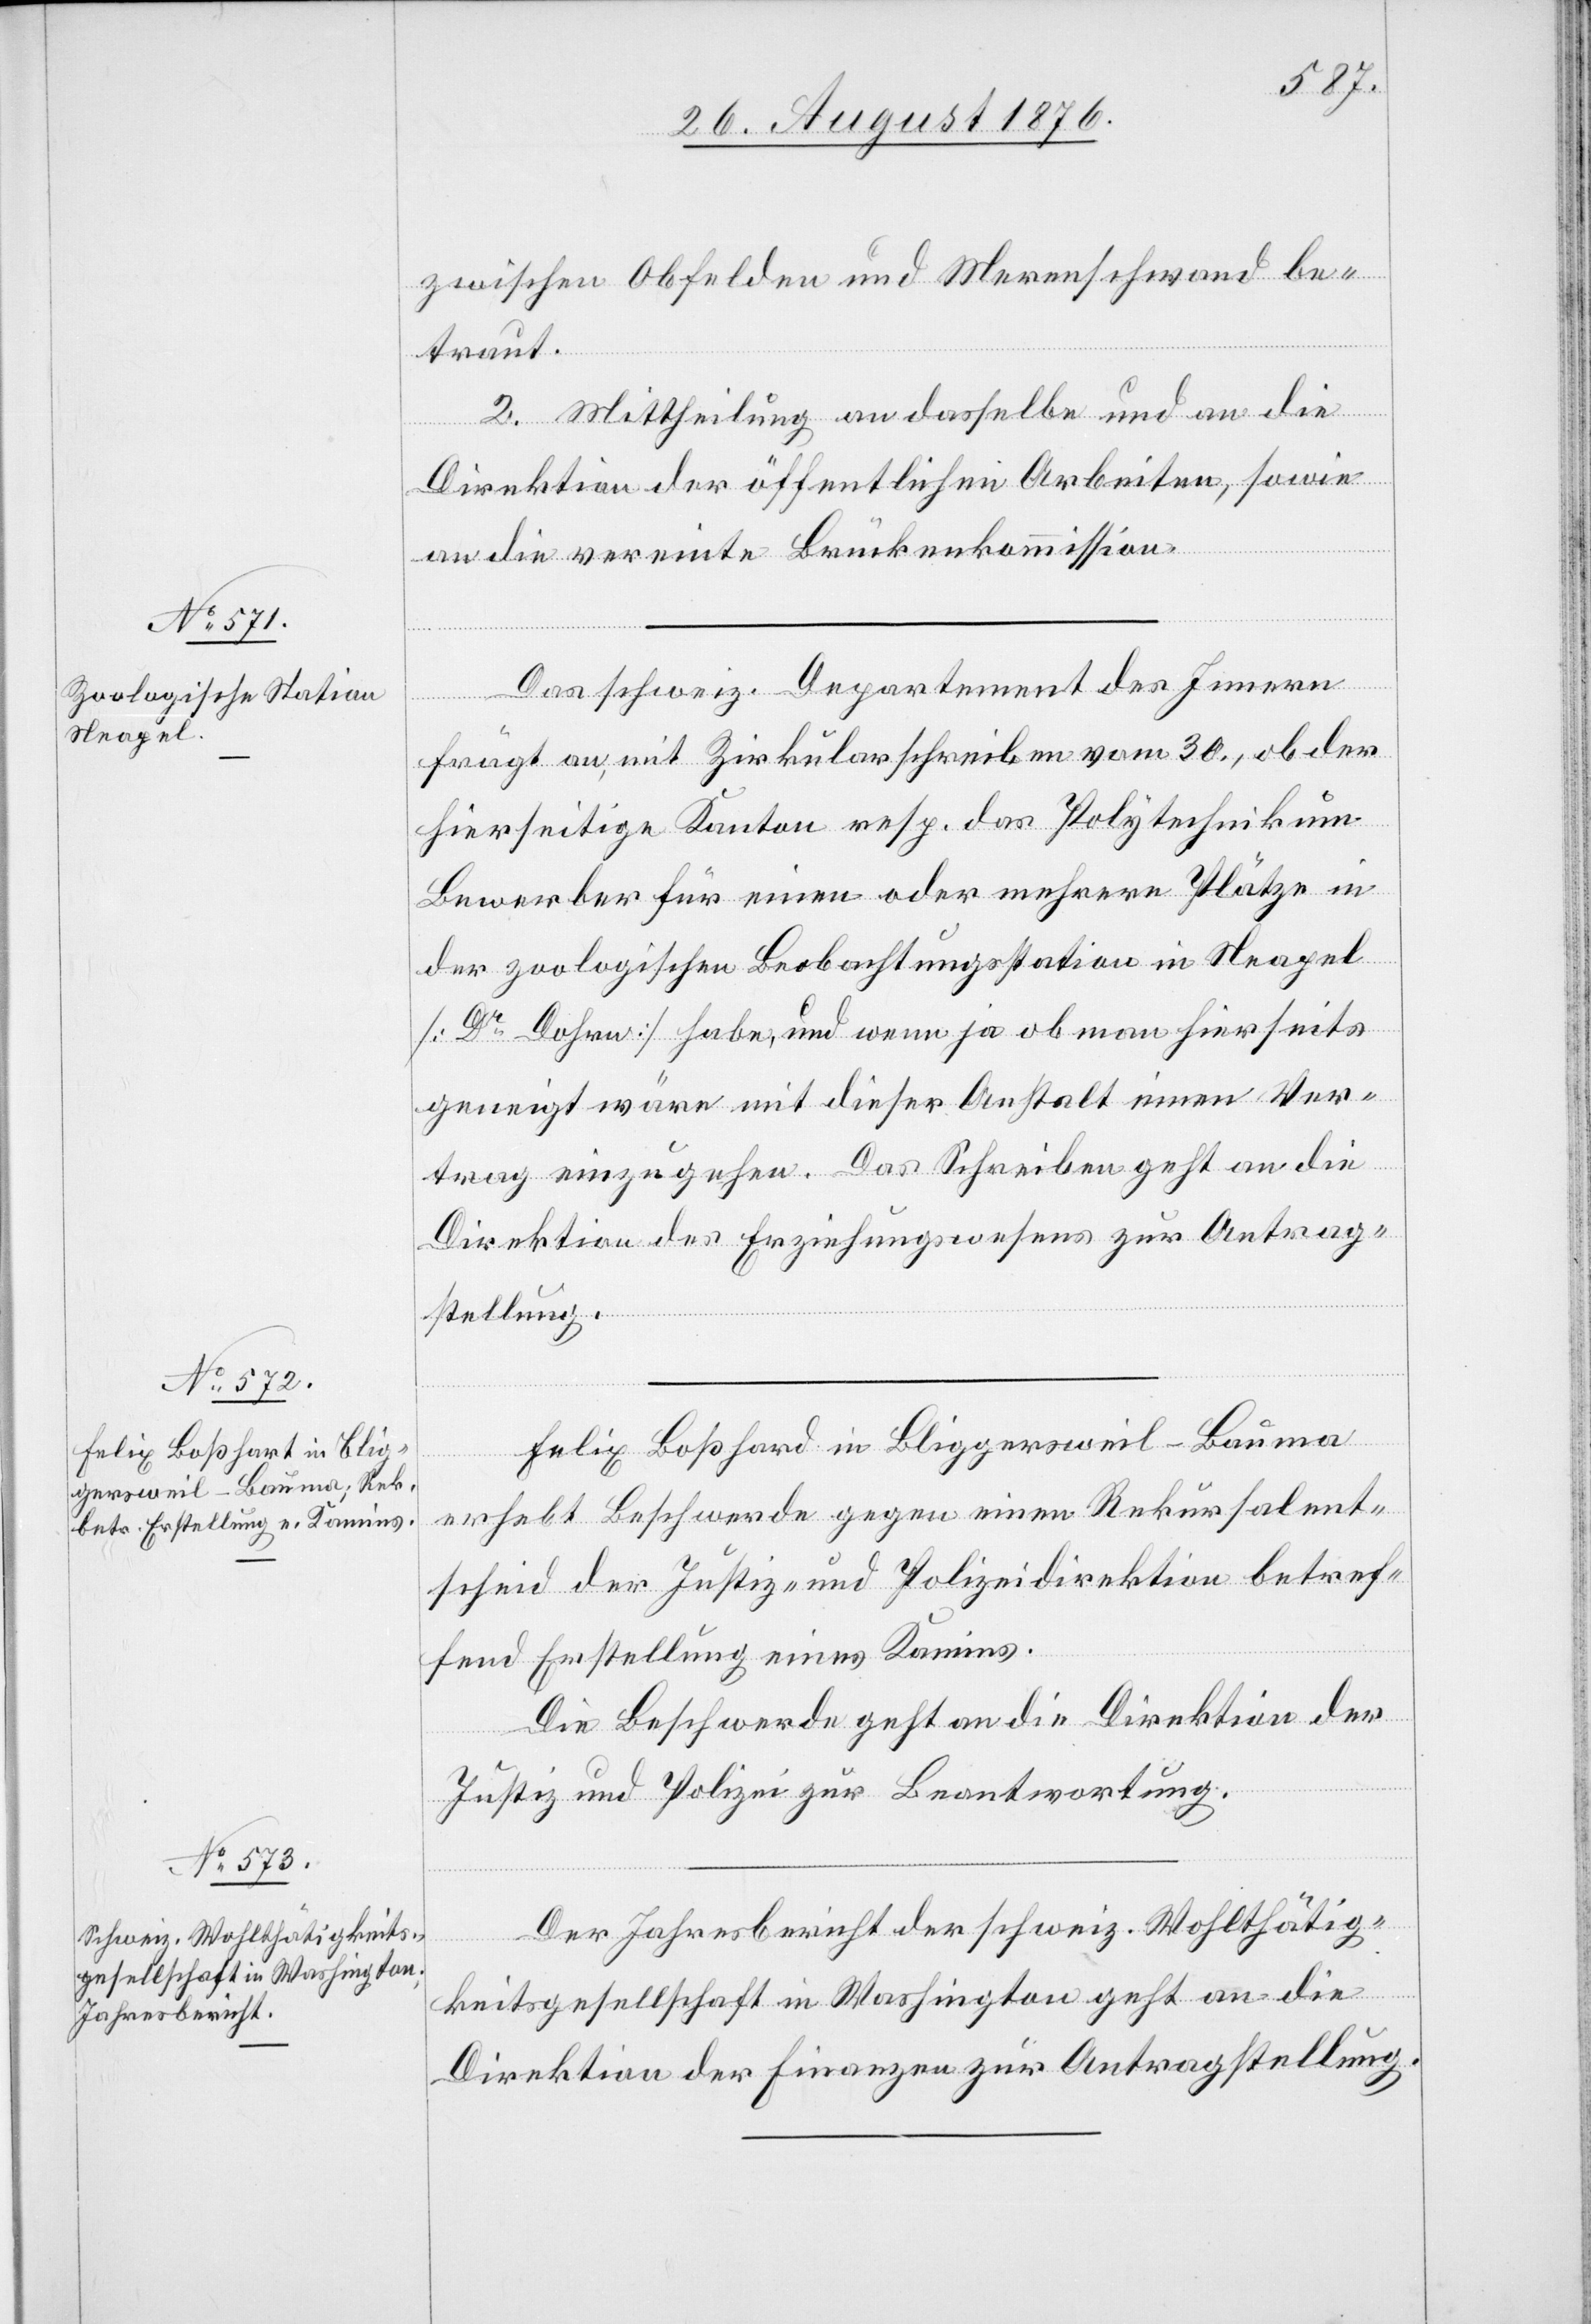
zwischen Obfelden und Merenschwand be¬
traut.
2. Mittheilung an dasselbe und an die
Direktion der öffentlichen Arbeiten, sowie
an die vereinte Brückenkommission.
Das schweiz. Departement des Innern
frägt an, mit Zirkularschreiben vom 30., ob der
hierseitige Kanton resp. das Polytechnikum
Bewerber für einen oder mehrere Plätze in
der zoologischen Beobachtungsstation in Neapel
[Dr Dohrn] habe, und wenn ja ob man hierseits
geneigt wäre mit dieser Anstalt einen Ver¬
tag einzugehen. Das Schreiben geht an die
Direktion des Erziehungswesens zur Antrag¬
stellung.
Felix Boßhard [sic!] in Bliggersweil - Bauma
erhebt Beschwerde gegen einen Rekursalent¬
scheid der Justiz- und Polizeidirektion betref¬
fend Erstellung eines Kamins.
Die Beschwerde geht an die Direktion der
Justiz und Polizei zur Beantwortung.
Der Jahresbericht der schweiz. Wohlthätig¬
keitsgesellschaft in Washington geht an die
Direktion der Finanzen zur Antragstellung.